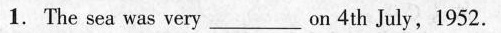
1. The sea was very___ on 4th July, 1952.